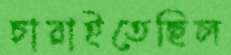
চারাইতেছিল